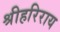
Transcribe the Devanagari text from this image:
श्रीहरिराय